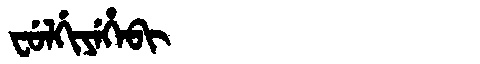
Manchu: ᠸᡠᠯᡤᡳᠶᡝᡥᡝᠪᡳ
Romanization: FULGIYEHEBI